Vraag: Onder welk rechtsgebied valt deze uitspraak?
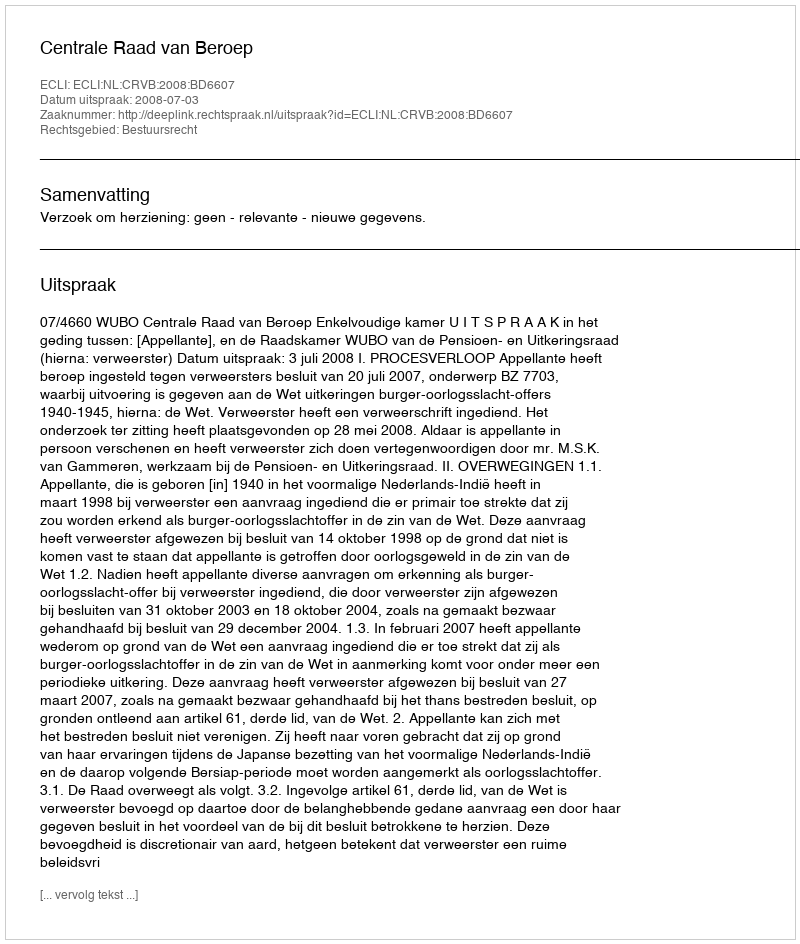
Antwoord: Bestuursrecht